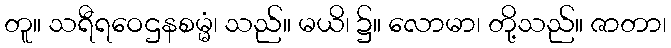
တူ။ သရီရဝေဌနစမ္မံ၊ သည်။ မယိ၊ ၌။ လောမာ၊ တို့သည်။ ဇာတာ၊